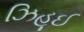
ઝિહૂઈ